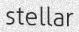
stellar